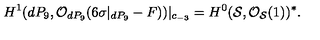
H ^ { 1 } ( d P _ { 9 } , { \cal O } _ { d P _ { 9 } } ( 6 \sigma | _ { d P _ { 9 } } - F ) ) | _ { c _ { - 3 } } = H ^ { 0 } ( { \cal S } , { \cal O } _ { { \cal S } } ( 1 ) ) ^ { * } .